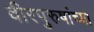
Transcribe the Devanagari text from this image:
वीरपुरुषांच्या